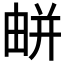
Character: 𢆟